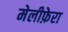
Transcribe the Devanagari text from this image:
मेलीफ़ेरा